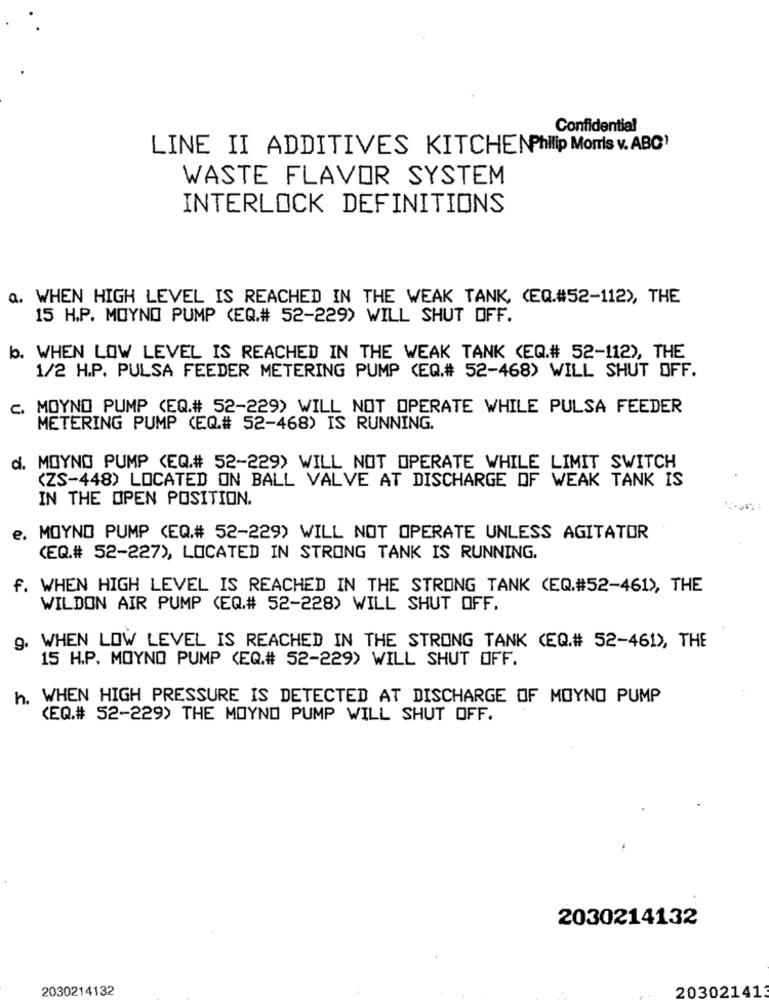
Confidential
LINE II ADDITIVES KITCHENPhilip Morris v. ABC'
WASTE FLAVOR SYSTEM
INTERLOCK DEFINITIONS
Q. WHEN HIGH LEVEL IS REACHED IN THE WEAK TANK, (EQ.#52-112), THE
15 H.P. MOYNO PUMP (EQ.# 52-229) WILL SHUT OFF.
b. WHEN LOW LEVEL IS REACHED IN THE WEAK TANK <EQ.# 52-112), THE
1/2 H.P. PULSA FEEDER METERING PUMP (EQ.# 52-468) WILL SHUT OFF.
c. MOYNO PUMP (EQ.# 52-229) WILL NOT OPERATE WHILE PULSA FEEDER
METERING PUMP (EQ# 52-468) IS RUNNING.
d. MOYNO PUMP (EQ.# 52-229) WILL NOT OPERATE WHILE LIMIT SWITCH
<ZS-448) LOCATED ON BALL VALVE AT DISCHARGE OF WEAK TANK IS
IN THE OPEN POSITION.
e. MOYNO PUMP (EQ.# 52-229) WILL NOT OPERATE UNLESS AGITATOR
(EQ.# 52-227), LOCATED IN STRONG TANK IS RUNNING.
f. WHEN HIGH LEVEL IS REACHED IN THE STRONG TANK (EQ.#52-461), THE
WILDON AIR PUMP (EQ.# 52-228) WILL SHUT OFF.
9. WHEN LOW LEVEL IS REACHED IN THE STRONG TANK (EQ.# 52-461), THE
15 H.P. MOYNO PUMP (EQ.# 52-229) WILL SHUT OFF.
h. WHEN HIGH PRESSURE IS DETECTED AT DISCHARGE OF MOYNO PUMP
(EQ.# 52-229> THE MOYNO PUMP WILL SHUT OFF.
2030214132
2030214132
203021413